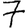
Digit: 7